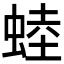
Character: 𧌉